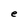
Character: e